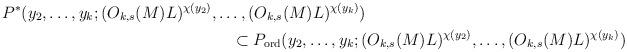
LaTeX: \begin{align*}P^*(y_2,\ldots,y_k;(O_{k,s}(M)L)^{\chi(y_2)},\ldots,(O_{k,s}(M)L)^{\chi(y_k)})\qquad\qquad\qquad\qquad\qquad\qquad\qquad\qquad\\\qquad\qquad\qquad\qquad\qquad\qquad\qquad\subset P_\textup{ord}(y_2,\ldots,y_k;(O_{k,s}(M)L)^{\chi(y_2)},\ldots,(O_{k,s}(M)L)^{\chi(y_k)})\end{align*}